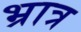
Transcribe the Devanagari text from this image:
भ्रात्र